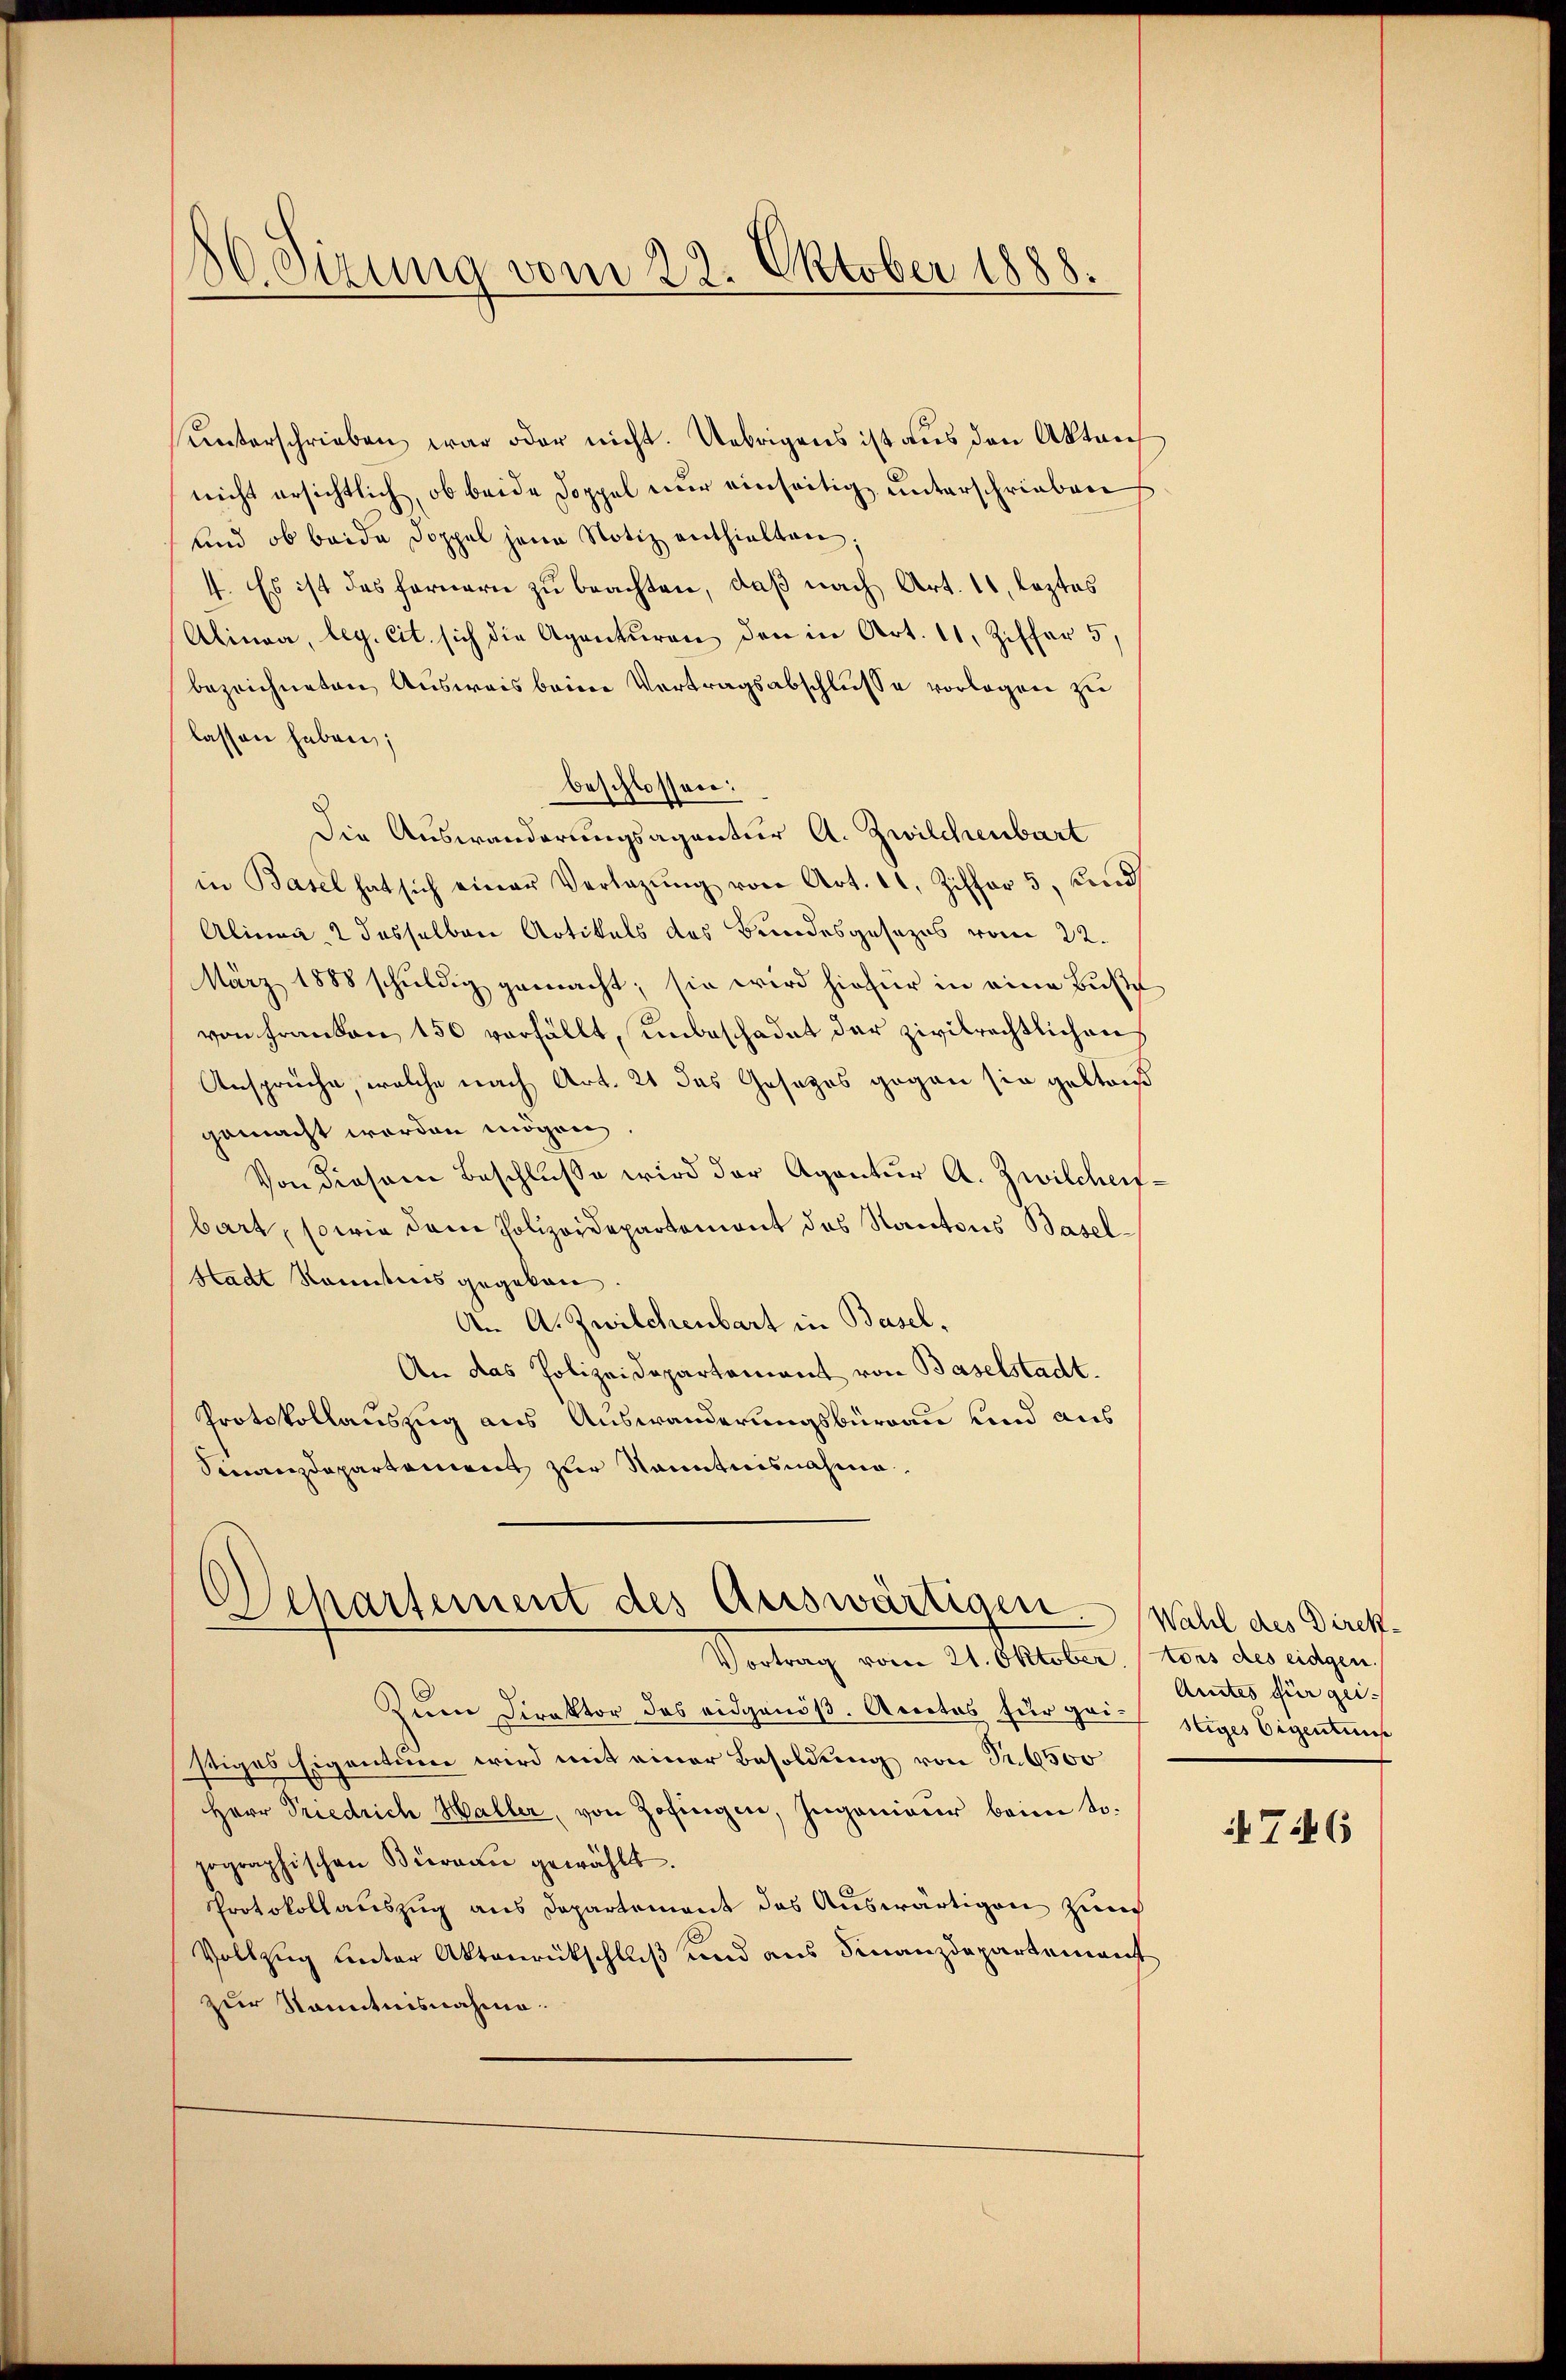
86. Sitzung vom 22. Oktober 1888.

Unterschrieben war oder nicht. Uebrigens ist aus den Akten
nicht ersichtlich, ob beide Doppel nur einseitig unterschrieben
und ob beide Doppel jene Notiz enthielten;
4. Es ist das fernern zu beachten, daß nach Art. 11, leztes
Alinea, beg. cit. sich die Agenturen den in Art. 11, Ziffer 5
bezeichneten Ausweis beim Vertragsabschlusse vorlegen zu
lassen haben;
beschlossen:
Die Auswanderungsagentur A. Zwilchenbart
in Basel hat sich einer Verlegŭng von Art. 11, Ziffer 5, und
Alinea 2 dasselben Artikels des Bundesgesezes vom 22.
März 1888 schuldig gemacht; sie wird hiefür in eine Bŭβe
von Franken 150 verfällt, unbeschadet der zivilrechtlichen
Ansprüche, welche nach Art. 21 das Gesezes gegen sie gestoß
gemacht worden mögen
Von diesem Beschlusse wird der Agentur A. Zwilchenbart, sowie dem Polizeidepartemont des Kantons Basel¬
Stadt kanntnis gegeben
An A. Zwilchenbart in Basel,
An das Polizeidepartement von Baselstadt.
Protokollauszug aus Auswanderungsburgau und aus
Finanzdepartament zur Nanntnisnahme

Departement des Auswärtigen.
Vortrag vom 21. Oktober, lors des eidgen.

Zum Direktor des eidgenöß. Actas für geistiges Eigentums
stiges Eigentum wird mit einer Besoldung von Fr. 6500
Herr Priedrich Haller, von Zofingen, Ingenieur beim to.
pographischen Büreau gewählt.
Protokollauszug aus Departement des Auswärtigen zum
Vollzug unter Aktenrückschluß und aus Finanzdepartement
zur Kenntnisnahme.

Wahl des Direk¬
Amtes für gei-

746